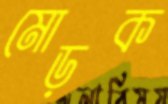
মোড়ক